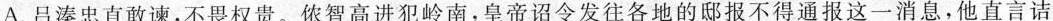
A.吕溱忠直敢谏，不畏权贵。侬智高进犯岭南，皇帝诏令发往各地的邸报不得通报这一消息，他直言诘